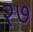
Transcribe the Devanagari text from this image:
२७